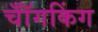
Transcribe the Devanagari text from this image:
चॉँगकिंग